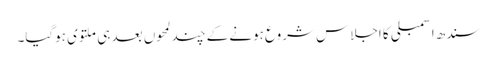
سندھ اسمبلی کا اجلاس شروع ہونے کے چند لمحوں بعد ہی ملتوی ہوگیا۔